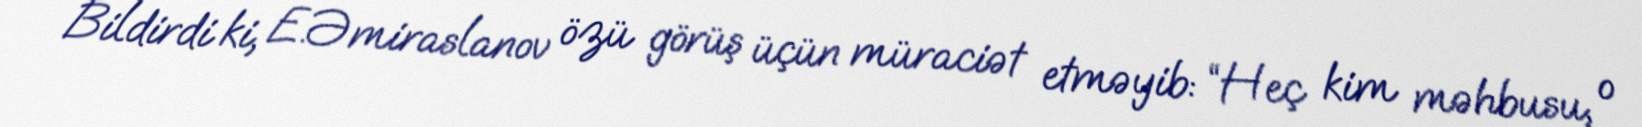
Bildirdi ki, E.Əmiraslanov özü görüş üçün müraciət etməyib: “Heç kim məhbusu, o